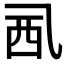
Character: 𧟢